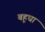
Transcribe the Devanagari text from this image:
बहूधा